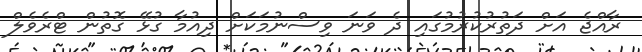
ރާއްޖެ އަށް ދަތުރުކުރުމުގައި ދެ ވަނަ ވިސްނުމަކަށް ދިއުމާ ގުޅޭ ގޮތުން ޓްރެވެލް